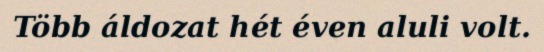
Több áldozat hét éven aluli volt.